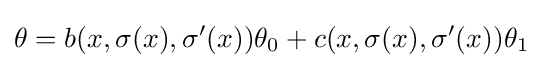
\theta =b(x,\sigma (x),\sigma '(x))\theta _{0}+c(x,\sigma (x),\sigma '(x))\theta _{1}